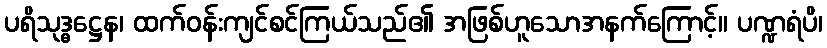
ပရိသုဒ္ဓဋ္ဌေန၊ ထက်ဝန်းကျင်စင်ကြယ်သည်၏ အဖြစ်ဟူသောအနက်ကြောင့်။ ပဏ္ဍရံပိ၊